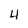
Character: 4